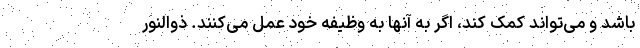
باشد و می‌تواند کمک کند، اگر به آنها به وظیفه خود عمل می‌کنند. ذوالنور